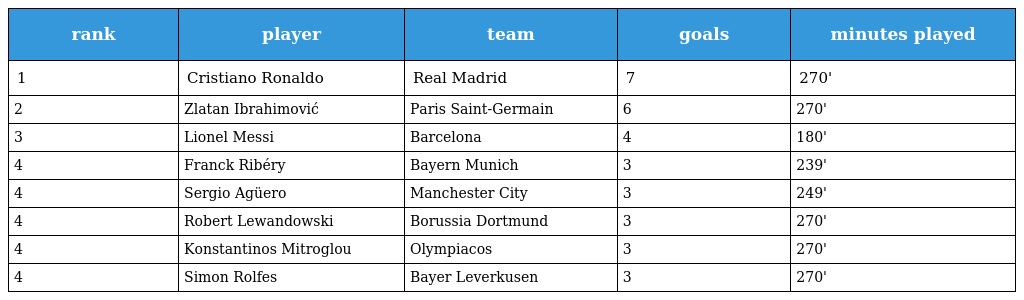
| rank | player | team | goals | minutes played |
 | --- | --- | --- | --- | --- |
 | 1 | Cristiano Ronaldo | Real Madrid | 7 | 270' |
 | 2 | Zlatan Ibrahimović | Paris Saint-Germain | 6 | 270' |
 | 3 | Lionel Messi | Barcelona | 4 | 180' |
 | 4 | Franck Ribéry | Bayern Munich | 3 | 239' |
 | 4 | Sergio Agüero | Manchester City | 3 | 249' |
 | 4 | Robert Lewandowski | Borussia Dortmund | 3 | 270' |
 | 4 | Konstantinos Mitroglou | Olympiacos | 3 | 270' |
 | 4 | Simon Rolfes | Bayer Leverkusen | 3 | 270' |